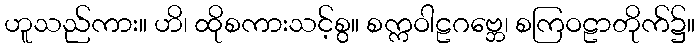
ဟူသည်ကား။ ဟိ၊ ထိုစကားသင့်စွ။ စက္ကဝါဠဂဗ္ဘေ၊ စကြဝဠာတိုက်၌။